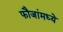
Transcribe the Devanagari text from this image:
फौजांमध्ये